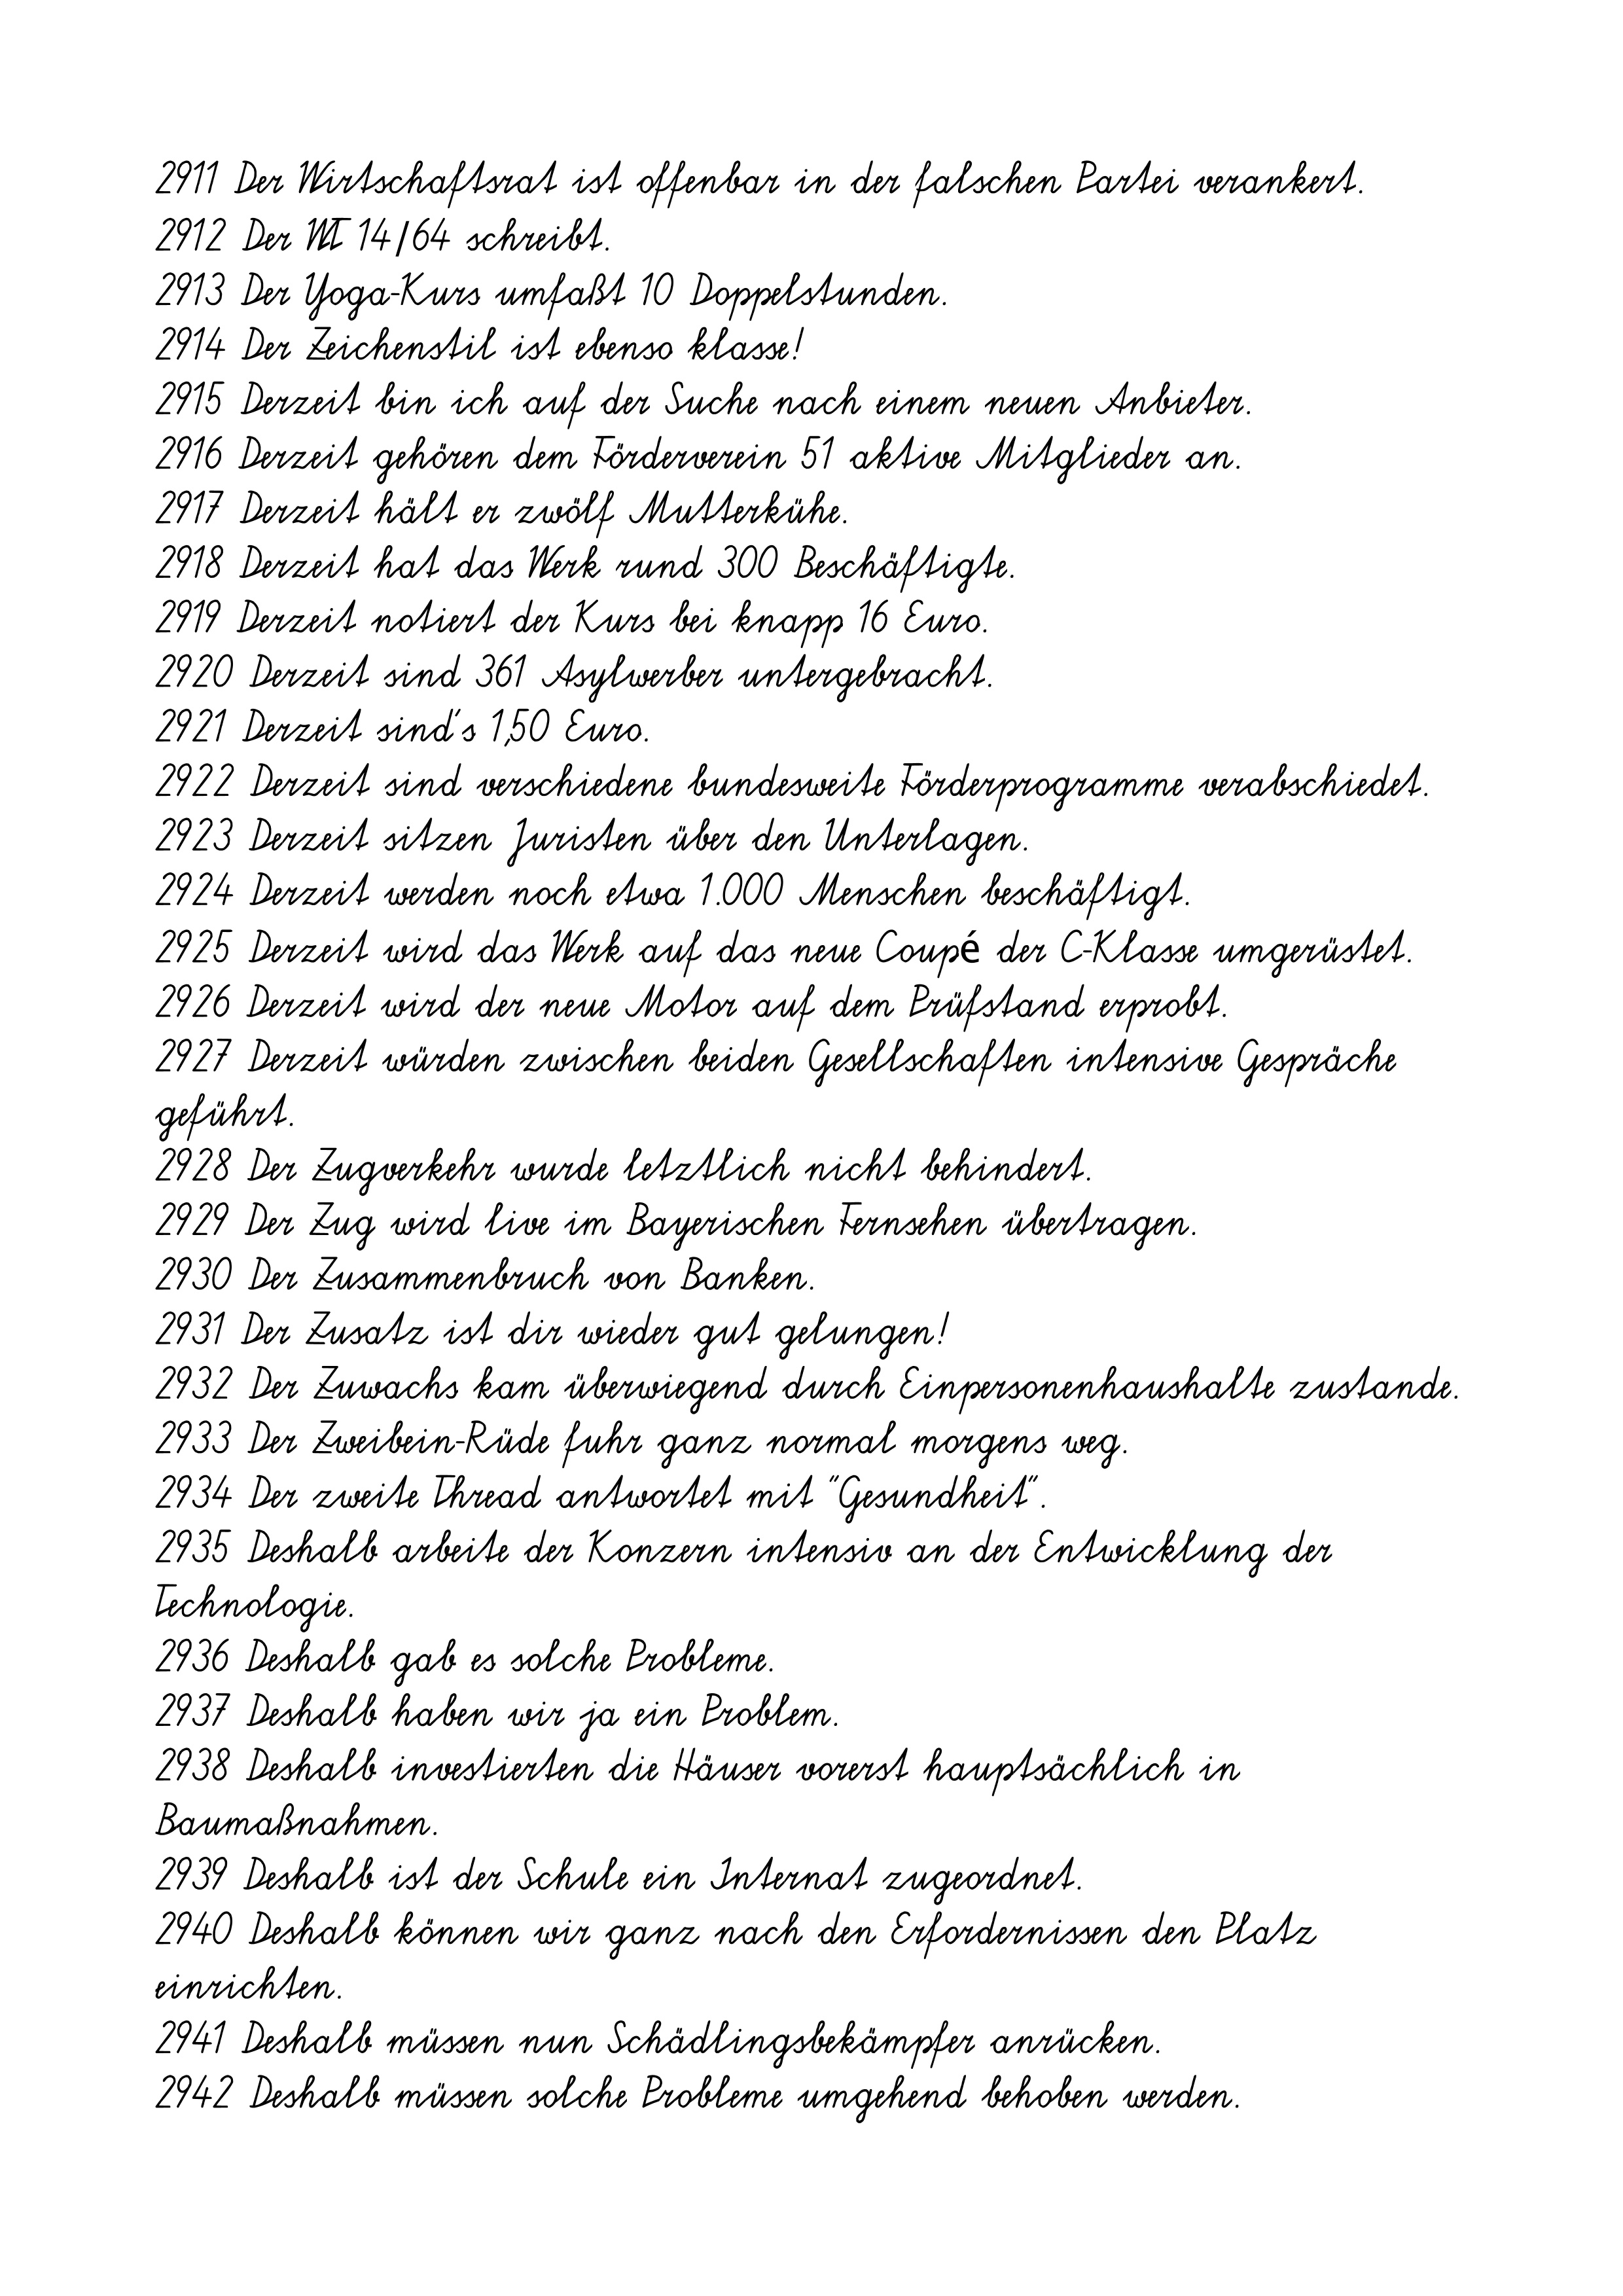
2911 Der Wirtschaftsrat ist offenbar in der falschen Partei verankert.
2912 Der WT 14/64 schreibt.
2913 Der Yoga-Kurs umfaßt 10 Doppelstunden.
2914 Der Zeichenstil ist ebenso klasse!
2915 Derzeit bin ich auf der Suche nach einem neuen Anbieter.
2916 Derzeit gehören dem Förderverein 51 aktive Mitglieder an.
2917 Derzeit hält er zwölf Mutterkühe.
2918 Derzeit hat das Werk rund 300 Beschäftigte.
2919 Derzeit notiert der Kurs bei knapp 16 Euro.
2920 Derzeit sind 361 Asylwerber untergebracht.
2921 Derzeit sind´s 1,50 Euro.
2922 Derzeit sind verschiedene bundesweite Förderprogramme verabschiedet.
2923 Derzeit sitzen Juristen über den Unterlagen.
2924 Derzeit werden noch etwa 1.000 Menschen beschäftigt.
2925 Derzeit wird das Werk auf das neue Coupé der C-Klasse umgerüstet.
2926 Derzeit wird der neue Motor auf dem Prüfstand erprobt.
2927 Derzeit würden zwischen beiden Gesellschaften intensive Gespräche
geführt.
2928 Der Zugverkehr wurde letztlich nicht behindert.
2929 Der Zug wird live im Bayerischen Fernsehen übertragen.
2930 Der Zusammenbruch von Banken.
2931 Der Zusatz ist dir wieder gut gelungen!
2932 Der Zuwachs kam überwiegend durch Einpersonenhaushalte zustande.
2933 Der Zweibein-Rüde fuhr ganz normal morgens weg.
2934 Der zweite Thread antwortet mit "Gesundheit".
2935 Deshalb arbeite der Konzern intensiv an der Entwicklung der
Technologie.
2936 Deshalb gab es solche Probleme.
2937 Deshalb haben wir ja ein Problem.
2938 Deshalb investierten die Häuser vorerst hauptsächlich in
Baumaßnahmen.
2939 Deshalb ist der Schule ein Internat zugeordnet.
2940 Deshalb können wir ganz nach den Erfordernissen den Platz
einrichten.
2941 Deshalb müssen nun Schädlingsbekämpfer anrücken.
2942 Deshalb müssen solche Probleme umgehend behoben werden.